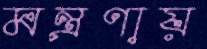
মন্ত্রণায়